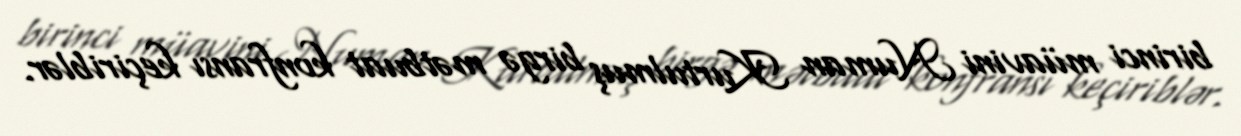
birinci müavini Numan Kurtulmuş birgə mətbuat konfransı keçiriblər.